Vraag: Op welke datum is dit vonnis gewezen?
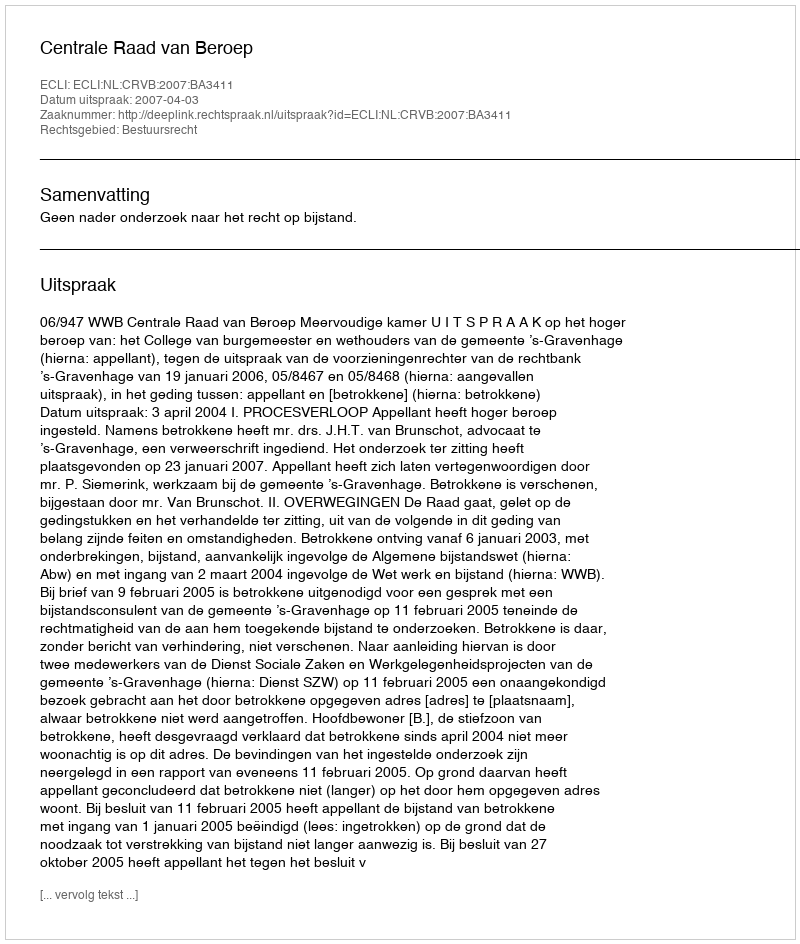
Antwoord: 2007-04-03